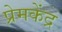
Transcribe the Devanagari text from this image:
प्रेमकेंद्र